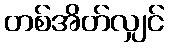
တစ်အိတ်လျှင်